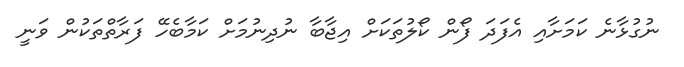
ނުގުޅާނެ ކަމަށާއި އެފަދަ ފޯން ކޯލުތަކަށް އިޖާބާ ނުދިނުމަށް ކަމާބެހޭ ފަރާތްތަކުން ވަނީ